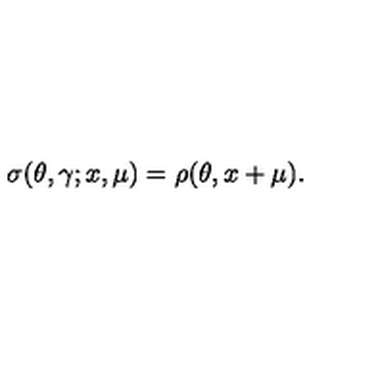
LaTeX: \sigma ( \theta , \gamma ; x , \mu ) = \rho ( \theta , x + \mu ) .